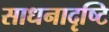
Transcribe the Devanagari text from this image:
साधनादृष्टि